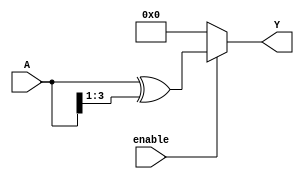
module relative_encoder #(
    parameter N = 4, // Number of bits for input
    parameter M = 4  // Number of bits for output
)(
    input wire [N-1:0] A,      // N-bit input
    input wire enable,          // Enable signal
    output reg [M-1:0] Y       // M-bit output
);

// Function to convert binary input to Gray code
function [M-1:0] binary_to_gray(input [N-1:0] binary);
    begin
        binary_to_gray = binary ^ (binary >> 1);
    end
endfunction

always @(*) begin
    if (enable) begin
        // Encoding logic: You can choose between different encoding schemes
        // Here we implement both Binary Encoding and Gray Code Encoding
        // Uncomment one of the following lines depending on the desired encoding scheme
        
        // Binary Encoding
        // Y = A[N-1:0][M-1:0]; // If N >= M, directly assign lower M bits
        
        // Gray Code Encoding
        Y = binary_to_gray(A);
    end else begin
        // Default state when not enabled
        Y = {M{1'b0}}; // Output all zeros
    end
end

endmodule